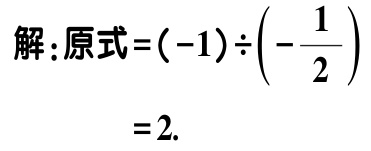
解：原式\(=(-1)\div\left(-\frac{1}{2}\right)\)
\(=2.\)